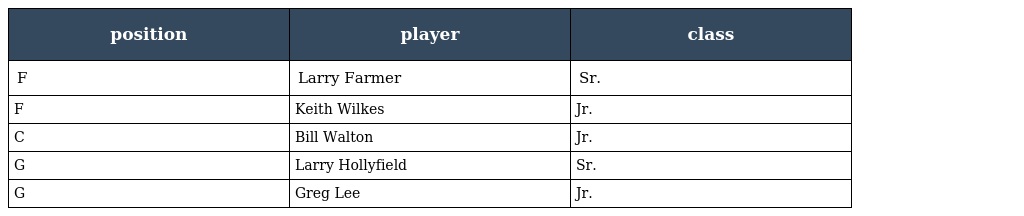
| position | player | class |
 | --- | --- | --- |
 | F | Larry Farmer | Sr. |
 | F | Keith Wilkes | Jr. |
 | C | Bill Walton | Jr. |
 | G | Larry Hollyfield | Sr. |
 | G | Greg Lee | Jr. |